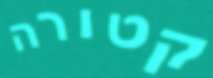
קטורה